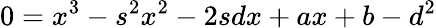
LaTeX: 0=x^{3}-s^{2}x^{2}-2sdx+ax+b-d^{2}